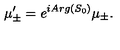
\mu _ { \pm } ^ { \prime } = e ^ { i A r g ( S _ { 0 } ) } \mu _ { \pm } .